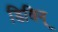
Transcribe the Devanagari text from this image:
डिविन्